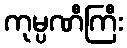
ကုမ္ပဏီကြီး